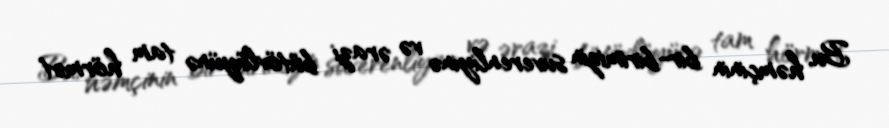
Bu, həmçinin bir-birimizin suverenliyinə və ərazi bütövlüyünə tam hörmət